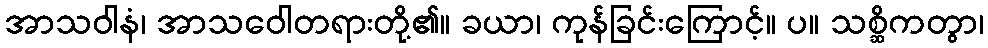
အာသဝါနံ၊ အာသဝေါတရားတို့၏။ ခယာ၊ ကုန်ခြင်းကြောင့်။ ပ။ သစ္ဆိကတွာ၊